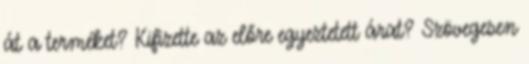
át a terméket? Kifizette az előre egyeztetett árat? Szövegesen